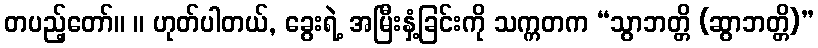
တပည့်တော်။ ။ ဟုတ်ပါတယ်, ခွေးရဲ့ အမြီးနှံ့ခြင်းကို သက္ကတက “သွာဘတ္တိ (ဆွာဘတ္တိ)”